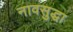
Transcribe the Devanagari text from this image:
नावसुद्धा